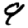
Digit: 9